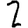
Digit: 2